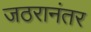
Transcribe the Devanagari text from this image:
जठरानंतर